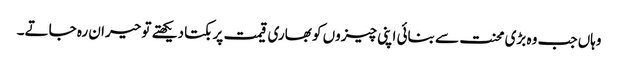
وہاں جب وہ بڑی محنت سے بنائی اپنی چیزوں کو بھاری قیمت پر بکتا دیکھتے تو حیران رہ جاتے۔